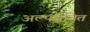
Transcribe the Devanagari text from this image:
अल्पसूचित